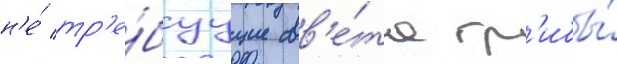
н'е́ тр'е́буущие св'е́та гр'ибы́